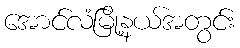
အောင်လံမြို့နယ်အတွင်း